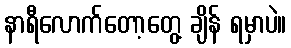
နာရီလောက်တော့တွေ့ ချိန် ရမှာပဲ။